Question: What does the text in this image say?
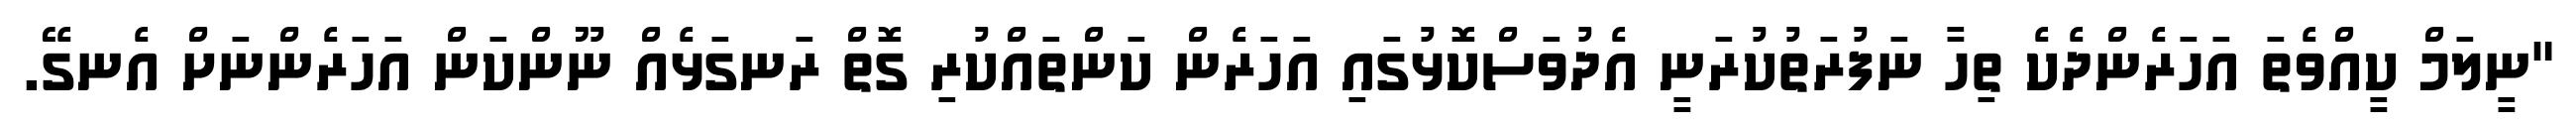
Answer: "ނީލަމް ކީއްވެތަ އަހަރެންދެކެ ތިހާ ނަފުރަތުކުރަނީ އެދުވަސްކޮޅުގައި އަހަރެން ކަންތައްކުރި ގޮތް ރަނގަޅެއް ނޫންކަން އަހަރެންނަށް އެނގޭ.